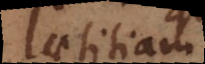
laetitiam,